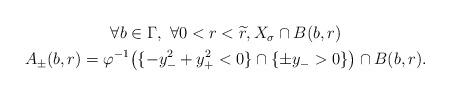
LaTeX: \begin{align*} \begin{gathered}\forall b \in \Gamma , \ \forall 0 < r < \widetilde{r} , X_{\sigma} \cap B ( b , r ) \\ A_{\pm} ( b , r ) = \varphi^{- 1} \big( \{ - y_{-}^{2} + y_{+}^{2} < 0 \} \cap \{ \pm y_{-} > 0 \} \big) \cap B ( b , r ) .\end{gathered}\end{align*}